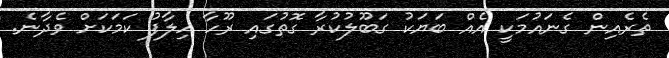
ތެރެއިން ގެނައުމަކީ އެއް ބަޔަކު ގަބޫލުކުރާ ގޮތުގައި ރޫހާ ހިލާފު ކަމަކަށް ވެދާނެ.